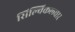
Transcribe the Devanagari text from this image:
सिल्विकल्चार